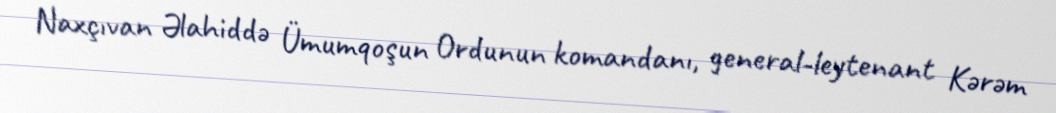
Naxçıvan Əlahiddə Ümumqoşun Ordunun komandanı, general-leytenant Kərəm